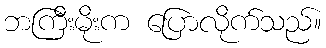
ဘကြီးမိုးက ပြောလိုက်သည်။